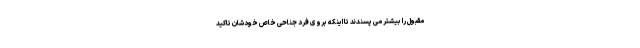
مقبول را بیشتر می پسندند تا اینکه بروی فرد جناحی خاص خودشان تاکید